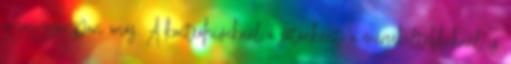
gyógyszeripari óriás. A konteóhíveknél a sátánként, a mérsékeltebbeknél is